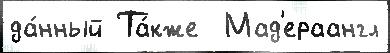
да́нный Та́кже  Мад'ераангл